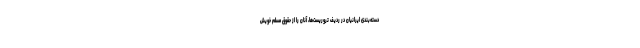
دسته‌بندی ایرانیان در ردیف تروریست‌ها، آنان را از حقوق مسلّم خویش